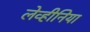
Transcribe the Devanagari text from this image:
लेव्हीनिया